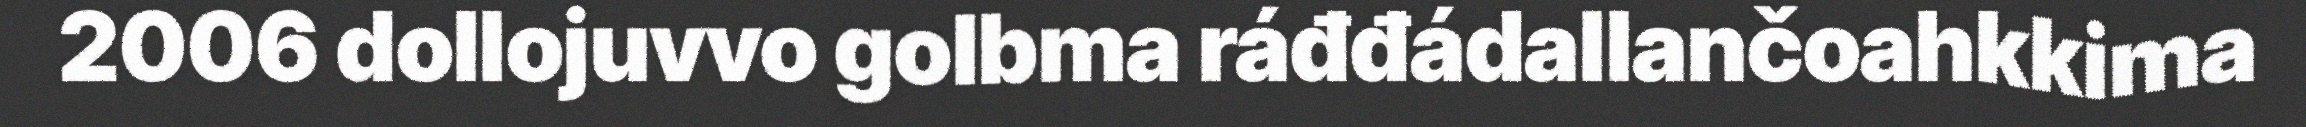
2006 dollojuvvo golbma ráđđádallančoahkkima